Regulations for the medical services of the Army of India
Year: 1930
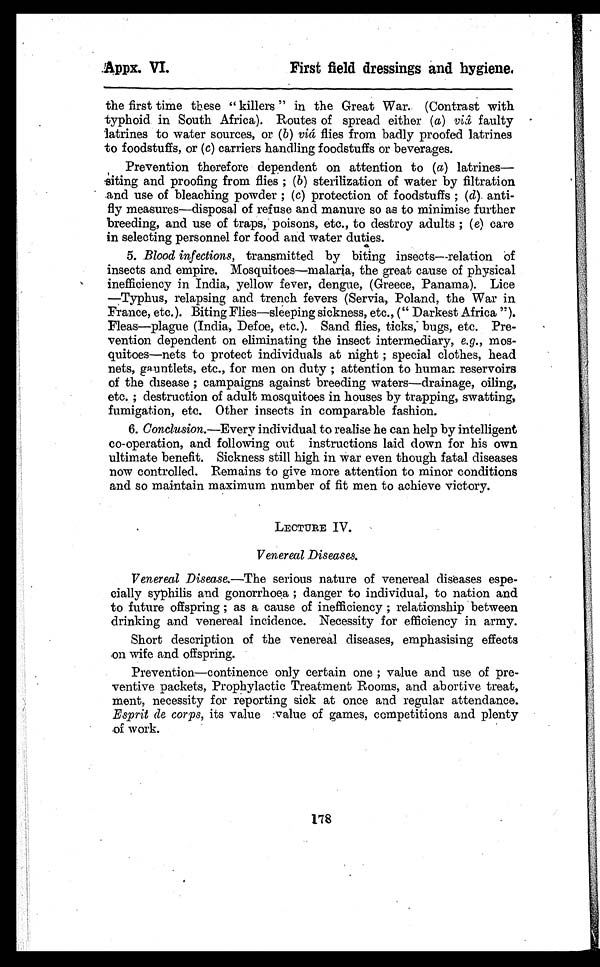
.Appx. VI.
First field dressings and hygiene.
the first time these "killers" in the Great War. (Contrast with
typhoid in South Africa). Routes of spread either ( a) viâ faulty
latrines to water sources, or ( b) vià flies from badly proofed latrines
to foodstuffs, or (c) carriers handling foodstuffs or beverages.
Prevention therefore dependent on attention to ( a) latrines—
siting and proofing from flies ; ( b) sterilization of water by filtration
and use of bleaching powder ; ( c) protection of foodstuffs ; (d) anti-
fly measures—disposal of refuse and manure so as to minimise further
breeding, and use of traps, poisons, etc., to destroy adults ; ( e) care
in selecting personnel for food and water duties.
5. Blood infections, transmitted by biting insects—relation of
insects and empire. Mosquitoes—malaria, the great cause of physical
inefficiency in India, yellow fever, dengue, (Greece, Panama). Lice
—Typhus, relapsing and trench fevers (Servia, Poland, the War in
France, etc.). Biting Flies—sleeping sickness, etc., (“Darkest Africa”).
Fleas—plague (India, Defoe, etc.). Sand flies, ticks; bugs, etc. Pre-
vention dependent on eliminating the insect intermediary, e.g., mos-
quitoes—nets to protect individuals at night ; special clothes, head
nets, gauntlets, etc., for men on duty ; attention to human reservoirs
of the disease ; campaigns against breeding waters—drainage, oiling,
etc.; destruction of adult mosquitoes in houses by trapping, swatting,
fumigation, etc. Other insects in comparable fashion.
6.Conclusion.—Every individual to realise he can help by intelligent
co-operation, and following out instructions laid down for his own
ultimate benefit. Sickness still high in war even though fatal diseases
now controlled. Remains to give more attention to minor conditions
and so maintain maximum number of fit men to achieve victory.
LECTURE IV.
Venereal Diseases.
Venereal Disease.—The serious nature of venereal diseases espe-
cially syphilis and gonorrhoea ; danger to individual, to nation and
to future offspring ; as a cause of inefficiency ; relationship between
drinking and venereal incidence. Necessity for efficiency in army.
Short description of the venereal diseases, emphasising effects
on wife and offspring.
Prevention—continence only certain one ; value and use of pre-
ventive packets, Prophylactic Treatment Rooms, and abortive treat,
ment, necessity for reporting sick at once and regular attendance.
Esprit de corps, its value :value of games, competitions and plenty
.of work.
178